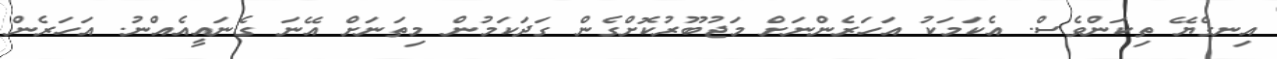
އިނގެޔޭ ތިކަންވެސް. އެކަމަކު އަހަރެންނަށް މަޖުބޫރުކޮށްގެން ގަދަކަމުން މިތަނަށް އޭނަ ގެނައީއެއްނު. އަހަރެން